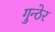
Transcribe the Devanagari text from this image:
गुन्ठेर